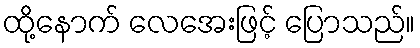
ထို့နောက် လေအေးဖြင့် ပြောသည်။